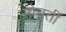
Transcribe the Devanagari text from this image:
सोचतीं